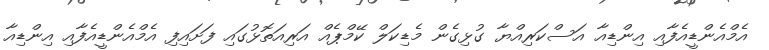
އެމްއެންޑީއެފާއި އިންޑިއާ އަސްކަރިއްޔާ ގުޅިގެން މެޑިކަލް ކޭމްޕެއް އަރިއަތޮޅުގައި ފަށައިފި އެމްއެންޑީއެފާއި އިންޑިއާ